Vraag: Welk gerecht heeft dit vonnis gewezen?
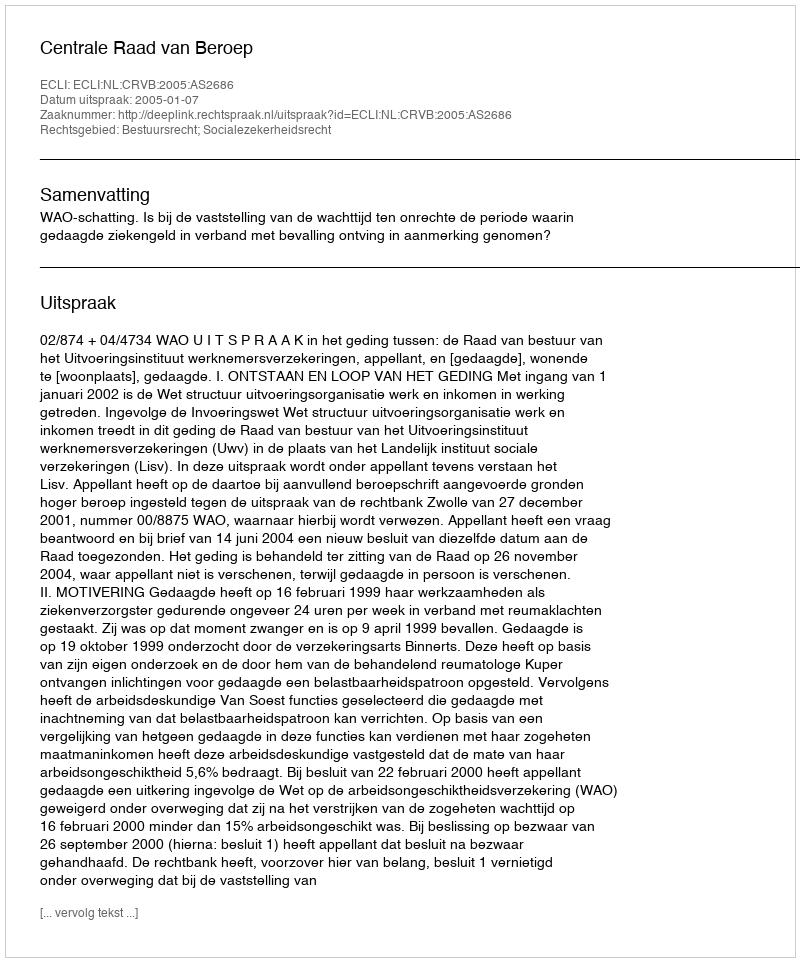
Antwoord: Centrale Raad van Beroep